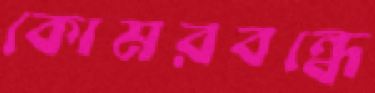
কোমরবন্ধে